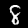
Digit: 8